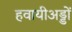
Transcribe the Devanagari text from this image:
हवायीअड्डों